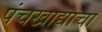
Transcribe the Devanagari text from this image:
पंचखाद्याचा